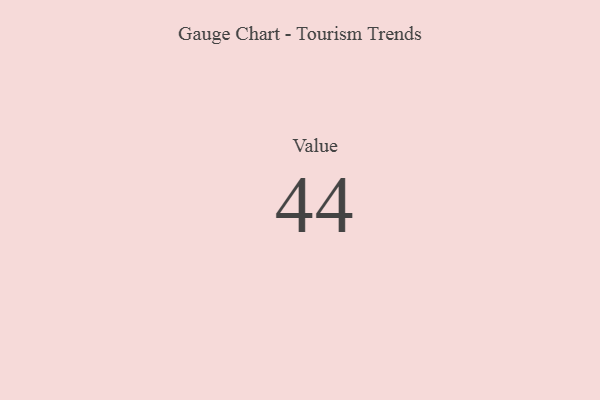
{"axis": {"x": "Metric", "y": "Value"}, "legend": [""], "data": [{"x": "Value", "y": 44, "type": ""}]}